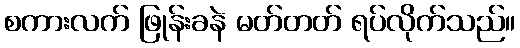
စကားလက် ဖြုန်းခနဲ မတ်တတ် ရပ်လိုက်သည်။